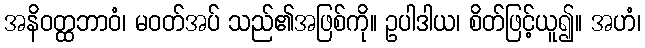
အနိဝတ္ထဘာဝံ၊ မဝတ်အပ် သည်၏အဖြစ်ကို။ ဥပါဒါယ၊ စိတ်ဖြင့်ယူ၍။ အဟံ၊